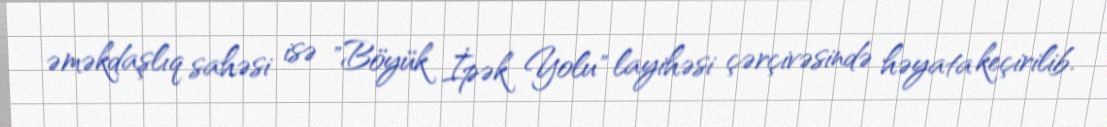
əməkdaşlıq sahəsi isə "Böyük İpək Yolu" layihəsi çərçivəsində həyata keçirilib.